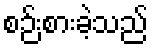
စဉ်းစားခဲ့သည်